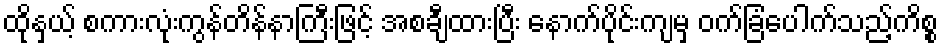
ထိုနှယ့် စကားလုံးကွန်တိန်နာကြီးဖြင့် အစချီထားပြီး နောက်ပိုင်းကျမှ ဝက်ခြံပေါက်သည့်ကိစ္စ